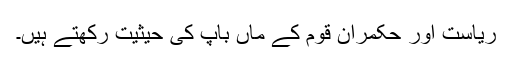
ریاست اور حکمران قوم کے ماں باپ کی حیثیت رکھتے ہیں۔